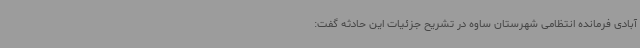
آبادی فرمانده انتظامی شهرستان ساوه در تشریح جزئیات این حادثه گفت: